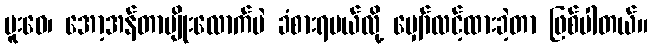
မူးဝေ၊ အော့အန်တာမျိုးလောက်ပဲ ခံစားရမယ်လို့ မျှော်လင့်ထားခဲ့တာ ဖြစ်ပါတယ်။